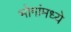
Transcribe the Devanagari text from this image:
भोगांमध्ये